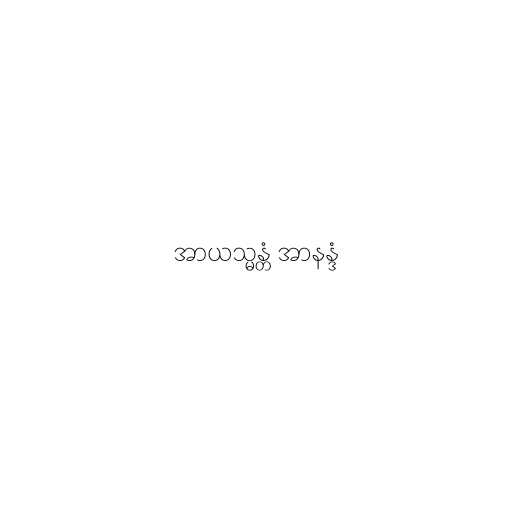
အာယသ္မန္တံ အာနန္ဒံ